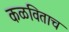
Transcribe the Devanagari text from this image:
कळविताच